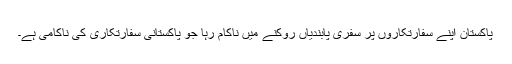
پاکستان اپنے سفارتکاروں پر سفری پابندیاں روکنے میں ناکام رہا جو پاکستانی سفارتکاری کی ناکامی ہے۔